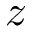
\boldsymbol { z }